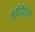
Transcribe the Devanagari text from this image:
नवदिहिंग